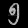
Digit: ၅